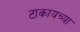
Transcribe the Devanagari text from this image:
टाकायच्या